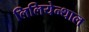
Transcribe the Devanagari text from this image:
लिलियेन्थाल